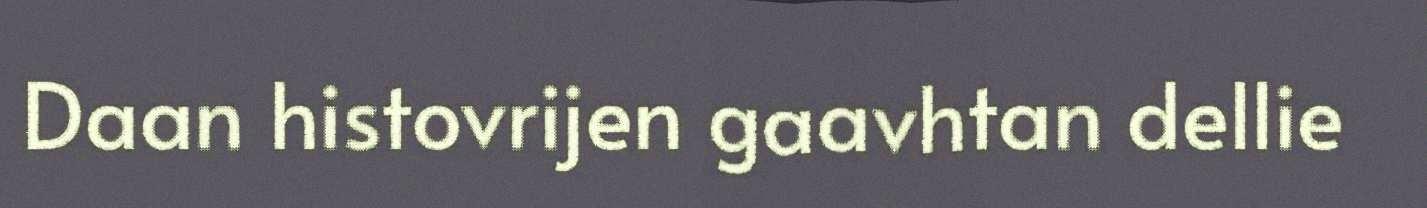
Daan histovrijen gaavhtan dellie